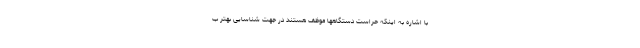
با اشاره به اینکه حراست دستگاهها موظف هستند در جهت شناسایی بهتر ب